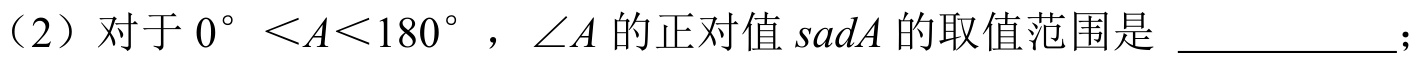
（2）对于 \(0^{\circ}<A<180^{\circ}\)，\(\angle A\) 的正对值 \(sadA\) 的取值范围是 \underline{\qquad\qquad}；